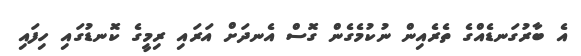
އެ ބާރުގަނޑެއްގެ ތެރެއިން ނުކުމެގެން ގޮސް އެނދަށް އަރައި ރިމީގެ ކޮނޑުގައި ހިފައި